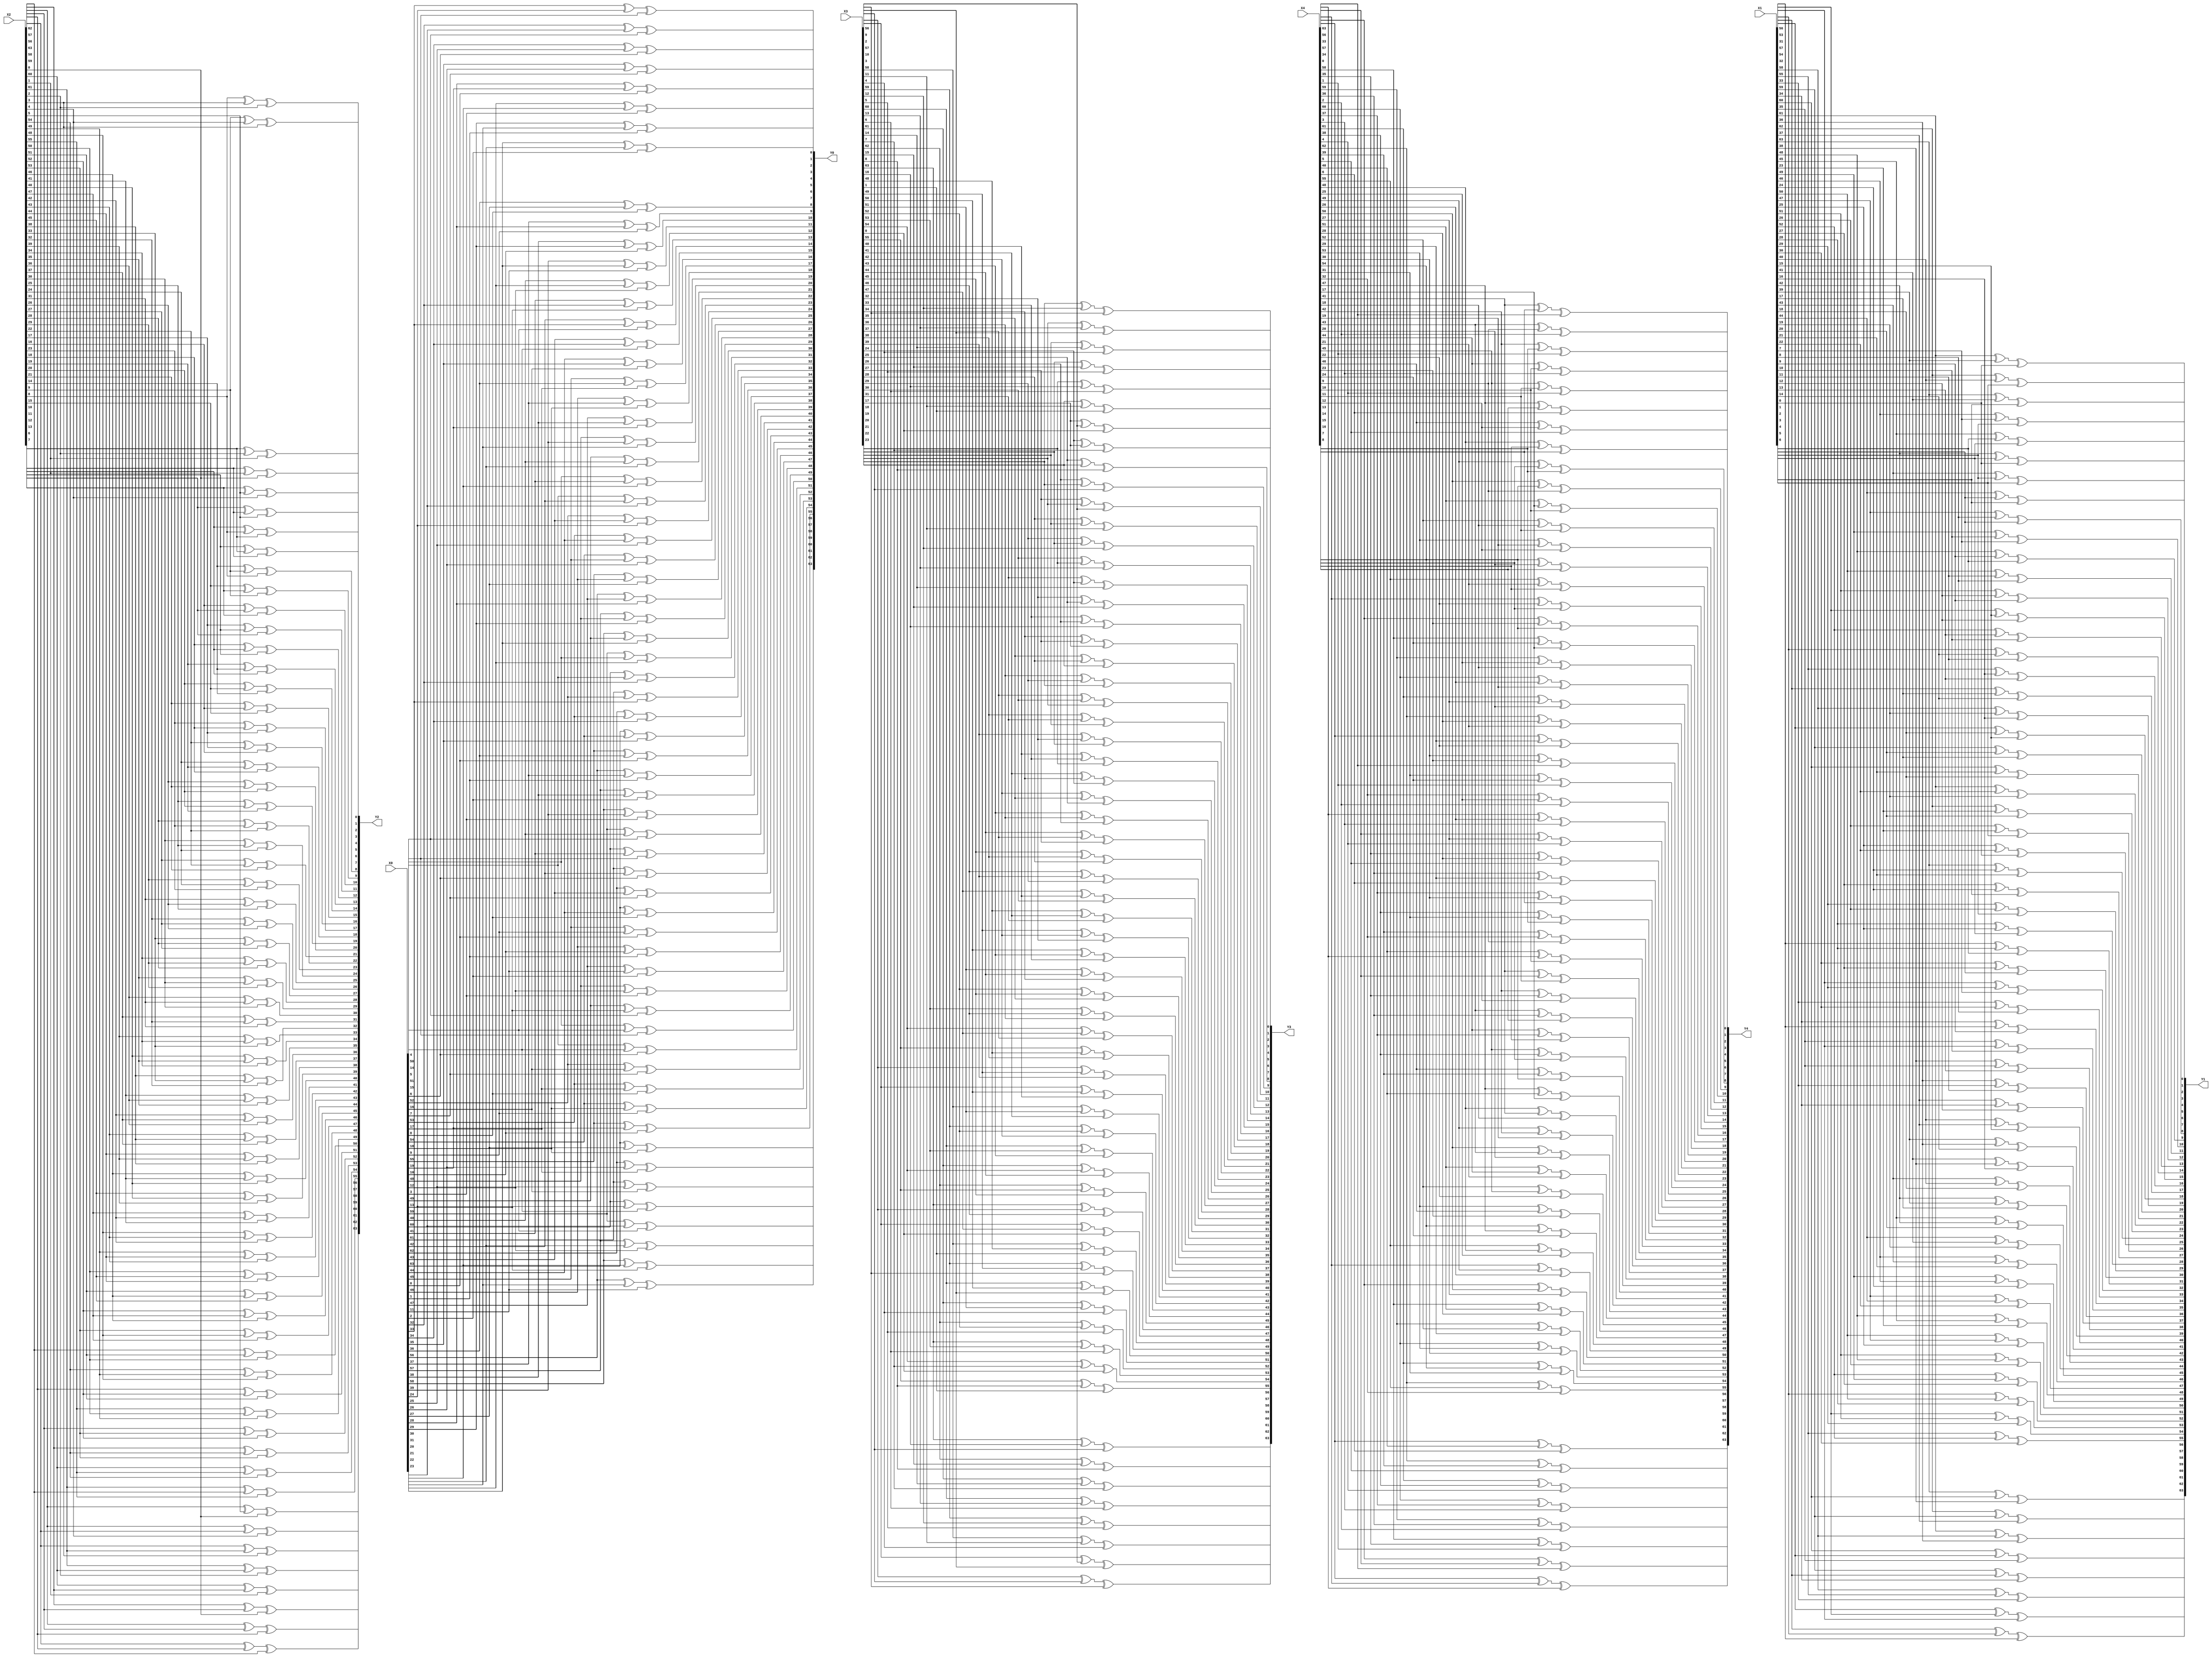
module LinearLayer (
    input [63:0] X0, X1, X2, X3, X4,
    output [63:0] Y0, Y1, Y2, Y3, Y4
);
    wire [319:0] s;
    assign s = {X0, X1, X2, X3, X4};

	// Diffusion implementation using Matrix Multiplication Algorithm
    assign Y0 = {(s[319] ^ s[283] ^ s[274]), (s[318] ^ s[282] ^ s[273]), (s[317] ^ s[281] ^ s[272]), (s[316] ^ s[280] ^ s[271]), (s[315] ^ s[279] ^ s[270]), (s[314] ^ s[278] ^ s[269]), (s[313] ^ s[277] ^ s[268]), (s[312] ^ s[276] ^ s[267]),
                (s[311] ^ s[275] ^ s[266]), (s[310] ^ s[274] ^ s[265]), (s[309] ^ s[273] ^ s[264]), (s[308] ^ s[272] ^ s[263]), (s[307] ^ s[271] ^ s[262]), (s[306] ^ s[270] ^ s[261]), (s[305] ^ s[269] ^ s[260]), (s[304] ^ s[268] ^ s[259]),
                (s[303] ^ s[267] ^ s[258]), (s[302] ^ s[266] ^ s[257]), (s[301] ^ s[265] ^ s[256]), (s[319] ^ s[300] ^ s[264]), (s[318] ^ s[299] ^ s[263]), (s[317] ^ s[298] ^ s[262]), (s[316] ^ s[297] ^ s[261]), (s[315] ^ s[296] ^ s[260]),
                (s[314] ^ s[295] ^ s[259]), (s[313] ^ s[294] ^ s[258]), (s[312] ^ s[293] ^ s[257]), (s[311] ^ s[292] ^ s[256]), (s[319] ^ s[310] ^ s[291]), (s[318] ^ s[309] ^ s[290]), (s[317] ^ s[308] ^ s[289]), (s[316] ^ s[307] ^ s[288]),
                (s[315] ^ s[306] ^ s[287]), (s[314] ^ s[305] ^ s[286]), (s[313] ^ s[304] ^ s[285]), (s[312] ^ s[303] ^ s[284]), (s[311] ^ s[302] ^ s[283]), (s[310] ^ s[301] ^ s[282]), (s[309] ^ s[300] ^ s[281]), (s[308] ^ s[299] ^ s[280]),
                (s[307] ^ s[298] ^ s[279]), (s[306] ^ s[297] ^ s[278]), (s[305] ^ s[296] ^ s[277]), (s[304] ^ s[295] ^ s[276]), (s[303] ^ s[294] ^ s[275]), (s[302] ^ s[293] ^ s[274]), (s[301] ^ s[292] ^ s[273]), (s[300] ^ s[291] ^ s[272]),
                (s[299] ^ s[290] ^ s[271]), (s[298] ^ s[289] ^ s[270]), (s[297] ^ s[288] ^ s[269]), (s[296] ^ s[287] ^ s[268]), (s[295] ^ s[286] ^ s[267]), (s[294] ^ s[285] ^ s[266]), (s[293] ^ s[284] ^ s[265]), (s[292] ^ s[283] ^ s[264]),
                (s[291] ^ s[282] ^ s[263]), (s[290] ^ s[281] ^ s[262]), (s[289] ^ s[280] ^ s[261]), (s[288] ^ s[279] ^ s[260]), (s[287] ^ s[278] ^ s[259]), (s[286] ^ s[277] ^ s[258]), (s[285] ^ s[276] ^ s[257]), (s[284] ^ s[275] ^ s[256])};

    assign Y1 = {(s[255] ^ s[252] ^ s[230]), (s[254] ^ s[251] ^ s[229]), (s[253] ^ s[250] ^ s[228]), (s[252] ^ s[249] ^ s[227]), (s[251] ^ s[248] ^ s[226]), (s[250] ^ s[247] ^ s[225]), (s[249] ^ s[246] ^ s[224]), (s[248] ^ s[245] ^ s[223]),
                (s[247] ^ s[244] ^ s[222]), (s[246] ^ s[243] ^ s[221]), (s[245] ^ s[242] ^ s[220]), (s[244] ^ s[241] ^ s[219]), (s[243] ^ s[240] ^ s[218]), (s[242] ^ s[239] ^ s[217]), (s[241] ^ s[238] ^ s[216]), (s[240] ^ s[237] ^ s[215]),
                (s[239] ^ s[236] ^ s[214]), (s[238] ^ s[235] ^ s[213]), (s[237] ^ s[234] ^ s[212]), (s[236] ^ s[233] ^ s[211]), (s[235] ^ s[232] ^ s[210]), (s[234] ^ s[231] ^ s[209]), (s[233] ^ s[230] ^ s[208]), (s[232] ^ s[229] ^ s[207]),
                (s[231] ^ s[228] ^ s[206]), (s[230] ^ s[227] ^ s[205]), (s[229] ^ s[226] ^ s[204]), (s[228] ^ s[225] ^ s[203]), (s[227] ^ s[224] ^ s[202]), (s[226] ^ s[223] ^ s[201]), (s[225] ^ s[222] ^ s[200]), (s[224] ^ s[221] ^ s[199]),
                (s[223] ^ s[220] ^ s[198]), (s[222] ^ s[219] ^ s[197]), (s[221] ^ s[218] ^ s[196]), (s[220] ^ s[217] ^ s[195]), (s[219] ^ s[216] ^ s[194]), (s[218] ^ s[215] ^ s[193]), (s[217] ^ s[214] ^ s[192]), (s[255] ^ s[216] ^ s[213]),
                (s[254] ^ s[215] ^ s[212]), (s[253] ^ s[214] ^ s[211]), (s[252] ^ s[213] ^ s[210]), (s[251] ^ s[212] ^ s[209]), (s[250] ^ s[211] ^ s[208]), (s[249] ^ s[210] ^ s[207]), (s[248] ^ s[209] ^ s[206]), (s[247] ^ s[208] ^ s[205]),
                (s[246] ^ s[207] ^ s[204]), (s[245] ^ s[206] ^ s[203]), (s[244] ^ s[205] ^ s[202]), (s[243] ^ s[204] ^ s[201]), (s[242] ^ s[203] ^ s[200]), (s[241] ^ s[202] ^ s[199]), (s[240] ^ s[201] ^ s[198]), (s[239] ^ s[200] ^ s[197]),
                (s[238] ^ s[199] ^ s[196]), (s[237] ^ s[198] ^ s[195]), (s[236] ^ s[197] ^ s[194]), (s[235] ^ s[196] ^ s[193]), (s[234] ^ s[195] ^ s[192]), (s[255] ^ s[233] ^ s[194]), (s[254] ^ s[232] ^ s[193]), (s[253] ^ s[231] ^ s[192])};

    assign Y2 = {(s[191] ^ s[133] ^ s[128]), (s[191] ^ s[190] ^ s[132]), (s[190] ^ s[189] ^ s[131]), (s[189] ^ s[188] ^ s[130]), (s[188] ^ s[187] ^ s[129]), (s[187] ^ s[186] ^ s[128]), (s[191] ^ s[186] ^ s[185]), (s[190] ^ s[185] ^ s[184]),
                (s[189] ^ s[184] ^ s[183]), (s[188] ^ s[183] ^ s[182]), (s[187] ^ s[182] ^ s[181]), (s[186] ^ s[181] ^ s[180]), (s[185] ^ s[180] ^ s[179]), (s[184] ^ s[179] ^ s[178]), (s[183] ^ s[178] ^ s[177]), (s[182] ^ s[177] ^ s[176]),
                (s[181] ^ s[176] ^ s[175]), (s[180] ^ s[175] ^ s[174]), (s[179] ^ s[174] ^ s[173]), (s[178] ^ s[173] ^ s[172]), (s[177] ^ s[172] ^ s[171]), (s[176] ^ s[171] ^ s[170]), (s[175] ^ s[170] ^ s[169]), (s[174] ^ s[169] ^ s[168]),
                (s[173] ^ s[168] ^ s[167]), (s[172] ^ s[167] ^ s[166]), (s[171] ^ s[166] ^ s[165]), (s[170] ^ s[165] ^ s[164]), (s[169] ^ s[164] ^ s[163]), (s[168] ^ s[163] ^ s[162]), (s[167] ^ s[162] ^ s[161]), (s[166] ^ s[161] ^ s[160]),
                (s[165] ^ s[160] ^ s[159]), (s[164] ^ s[159] ^ s[158]), (s[163] ^ s[158] ^ s[157]), (s[162] ^ s[157] ^ s[156]), (s[161] ^ s[156] ^ s[155]), (s[160] ^ s[155] ^ s[154]), (s[159] ^ s[154] ^ s[153]), (s[158] ^ s[153] ^ s[152]),
                (s[157] ^ s[152] ^ s[151]), (s[156] ^ s[151] ^ s[150]), (s[155] ^ s[150] ^ s[149]), (s[154] ^ s[149] ^ s[148]), (s[153] ^ s[148] ^ s[147]), (s[152] ^ s[147] ^ s[146]), (s[151] ^ s[146] ^ s[145]), (s[150] ^ s[145] ^ s[144]),
                (s[149] ^ s[144] ^ s[143]), (s[148] ^ s[143] ^ s[142]), (s[147] ^ s[142] ^ s[141]), (s[146] ^ s[141] ^ s[140]), (s[145] ^ s[140] ^ s[139]), (s[144] ^ s[139] ^ s[138]), (s[143] ^ s[138] ^ s[137]), (s[142] ^ s[137] ^ s[136]),
                (s[141] ^ s[136] ^ s[135]), (s[140] ^ s[135] ^ s[134]), (s[139] ^ s[134] ^ s[133]), (s[138] ^ s[133] ^ s[132]), (s[137] ^ s[132] ^ s[131]), (s[136] ^ s[131] ^ s[130]), (s[135] ^ s[130] ^ s[129]), (s[134] ^ s[129] ^ s[128])};

    assign Y3 = {(s[127] ^ s[80] ^ s[73]), (s[126] ^ s[79] ^ s[72]), (s[125] ^ s[78] ^ s[71]), (s[124] ^ s[77] ^ s[70]), (s[123] ^ s[76] ^ s[69]), (s[122] ^ s[75] ^ s[68]), (s[121] ^ s[74] ^ s[67]), (s[120] ^ s[73] ^ s[66]),
                (s[119] ^ s[72] ^ s[65]), (s[118] ^ s[71] ^ s[64]), (s[127] ^ s[117] ^ s[70]), (s[126] ^ s[116] ^ s[69]), (s[125] ^ s[115] ^ s[68]), (s[124] ^ s[114] ^ s[67]), (s[123] ^ s[113] ^ s[66]), (s[122] ^ s[112] ^ s[65]),
                (s[121] ^ s[111] ^ s[64]), (s[127] ^ s[120] ^ s[110]), (s[126] ^ s[119] ^ s[109]), (s[125] ^ s[118] ^ s[108]), (s[124] ^ s[117] ^ s[107]), (s[123] ^ s[116] ^ s[106]), (s[122] ^ s[115] ^ s[105]), (s[121] ^ s[114] ^ s[104]),
                (s[120] ^ s[113] ^ s[103]), (s[119] ^ s[112] ^ s[102]), (s[118] ^ s[111] ^ s[101]), (s[117] ^ s[110] ^ s[100]), (s[116] ^ s[109] ^ s[99]), (s[115] ^ s[108] ^ s[98]), (s[114] ^ s[107] ^ s[97]), (s[113] ^ s[106] ^ s[96]),
                (s[112] ^ s[105] ^ s[95]), (s[111] ^ s[104] ^ s[94]), (s[110] ^ s[103] ^ s[93]), (s[109] ^ s[102] ^ s[92]), (s[108] ^ s[101] ^ s[91]), (s[107] ^ s[100] ^ s[90]), (s[106] ^ s[99] ^ s[89]), (s[105] ^ s[98] ^ s[88]),
                (s[104] ^ s[97] ^ s[87]), (s[103] ^ s[96] ^ s[86]), (s[102] ^ s[95] ^ s[85]), (s[101] ^ s[94] ^ s[84]), (s[100] ^ s[93] ^ s[83]), (s[99] ^ s[92] ^ s[82]), (s[98] ^ s[91] ^ s[81]), (s[97] ^ s[90] ^ s[80]),
                (s[96] ^ s[89] ^ s[79]), (s[95] ^ s[88] ^ s[78]), (s[94] ^ s[87] ^ s[77]), (s[93] ^ s[86] ^ s[76]), (s[92] ^ s[85] ^ s[75]), (s[91] ^ s[84] ^ s[74]), (s[90] ^ s[83] ^ s[73]), (s[89] ^ s[82] ^ s[72]),
                (s[88] ^ s[81] ^ s[71]), (s[87] ^ s[80] ^ s[70]), (s[86] ^ s[79] ^ s[69]), (s[85] ^ s[78] ^ s[68]), (s[84] ^ s[77] ^ s[67]), (s[83] ^ s[76] ^ s[66]), (s[82] ^ s[75] ^ s[65]), (s[81] ^ s[74] ^ s[64])};

    assign Y4 = {(s[63] ^ s[40] ^ s[6]), (s[62] ^ s[39] ^ s[5]), (s[61] ^ s[38] ^ s[4]), (s[60] ^ s[37] ^ s[3]), (s[59] ^ s[36] ^ s[2]), (s[58] ^ s[35] ^ s[1]), (s[57] ^ s[34] ^ s[0]), (s[63] ^ s[56] ^ s[33]),
                (s[62] ^ s[55] ^ s[32]), (s[61] ^ s[54] ^ s[31]), (s[60] ^ s[53] ^ s[30]), (s[59] ^ s[52] ^ s[29]), (s[58] ^ s[51] ^ s[28]), (s[57] ^ s[50] ^ s[27]), (s[56] ^ s[49] ^ s[26]), (s[55] ^ s[48] ^ s[25]),
                (s[54] ^ s[47] ^ s[24]), (s[53] ^ s[46] ^ s[23]), (s[52] ^ s[45] ^ s[22]), (s[51] ^ s[44] ^ s[21]), (s[50] ^ s[43] ^ s[20]), (s[49] ^ s[42] ^ s[19]), (s[48] ^ s[41] ^ s[18]), (s[47] ^ s[40] ^ s[17]),
                (s[46] ^ s[39] ^ s[16]), (s[45] ^ s[38] ^ s[15]), (s[44] ^ s[37] ^ s[14]), (s[43] ^ s[36] ^ s[13]), (s[42] ^ s[35] ^ s[12]), (s[41] ^ s[34] ^ s[11]), (s[40] ^ s[33] ^ s[10]), (s[39] ^ s[32] ^ s[9]),
                (s[38] ^ s[31] ^ s[8]), (s[37] ^ s[30] ^ s[7]), (s[36] ^ s[29] ^ s[6]), (s[35] ^ s[28] ^ s[5]), (s[34] ^ s[27] ^ s[4]), (s[33] ^ s[26] ^ s[3]), (s[32] ^ s[25] ^ s[2]), (s[31] ^ s[24] ^ s[1]),
                (s[30] ^ s[23] ^ s[0]), (s[63] ^ s[29] ^ s[22]), (s[62] ^ s[28] ^ s[21]), (s[61] ^ s[27] ^ s[20]), (s[60] ^ s[26] ^ s[19]), (s[59] ^ s[25] ^ s[18]), (s[58] ^ s[24] ^ s[17]), (s[57] ^ s[23] ^ s[16]),
                (s[56] ^ s[22] ^ s[15]), (s[55] ^ s[21] ^ s[14]), (s[54] ^ s[20] ^ s[13]), (s[53] ^ s[19] ^ s[12]), (s[52] ^ s[18] ^ s[11]), (s[51] ^ s[17] ^ s[10]), (s[50] ^ s[16] ^ s[9]), (s[49] ^ s[15] ^ s[8]),
                (s[48] ^ s[14] ^ s[7]), (s[47] ^ s[13] ^ s[6]), (s[46] ^ s[12] ^ s[5]), (s[45] ^ s[11] ^ s[4]), (s[44] ^ s[10] ^ s[3]), (s[43] ^ s[9] ^ s[2]), (s[42] ^ s[8] ^ s[1]), (s[41] ^ s[7] ^ s[0])};
endmodule